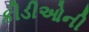
કીડીઓની